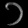
Digit: ၁